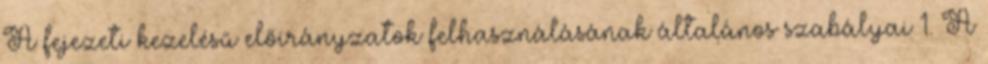
A fejezeti kezelésű előirányzatok felhasználásának általános szabályai 1. A